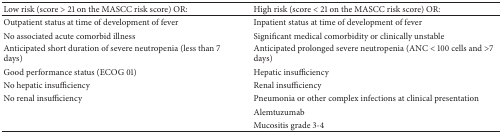
| Low risk (score > 21 on the MASCC risk score) OR: | High risk (score < 21 on the MASCC risk score) OR: |
 | --- | --- |
 | Outpatient status at time of development of fever | Inpatient status at time of development of fever |
 | No associated acute comorbid illness | Significant medical comorbidity or clinically unstable |
 | Anticipated short duration of severe neutropenia (less than 7 days) | Anticipated prolonged severe neutropenia (ANC < 100 cells and >7 days) |
 | Good performance status (ECOG 01) | Hepatic insufficiency |
 | No hepatic insufficiency | Renal insufficiency |
 | No renal insufficiency | Pneumonia or other complex infections at clinical presentation |
 |  | Alemtuzumab |
 |  | Mucositis grade 3-4 |